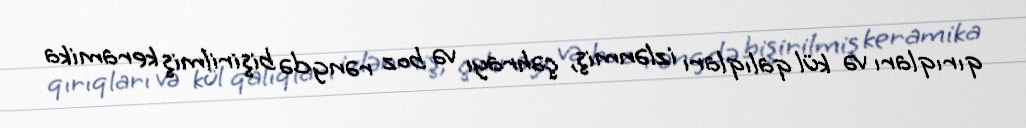
qırıqları və kül qalıqları izlənmiş, çəhrayı və boz rəngdə bişirilmiş keramika